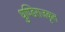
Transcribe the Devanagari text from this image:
धुण्डिराजकृत